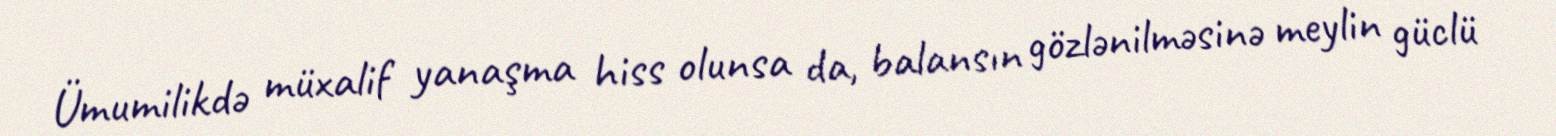
Ümumilikdə müxalif yanaşma hiss olunsa da, balansın gözlənilməsinə meylin güclü